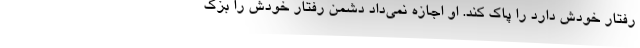
رفتار خودش دارد را پاک کند. او اجازه نمی‌داد دشمن رفتار خودش را بزک